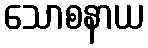
သောစနာယ